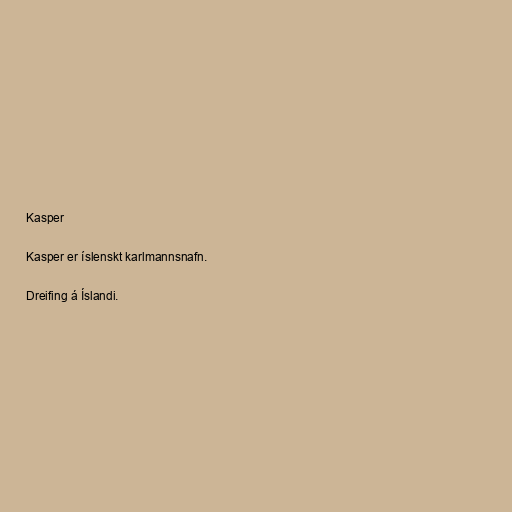
Kasper

Kasper er íslenskt karlmannsnafn.

Dreifing á Íslandi.